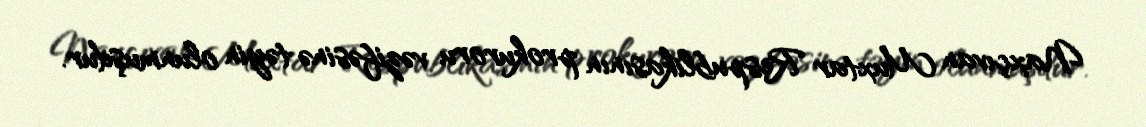
Naxçıvan Muxtar Respublikasının prokuroru vəzifəsinə təyin olunmuşdur.